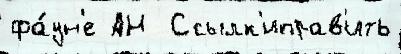
фа́ун'е АН  Ссылк'иправ'ить